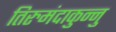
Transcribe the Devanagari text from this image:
तिरुमंदाकुन्नु